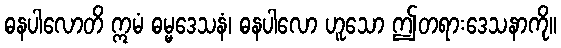
ဓနပါလောတိ ဣမံ ဓမ္မဒေသနံ၊ ဓနပါလော ဟူသော ဤတရားဒေသနာကို။